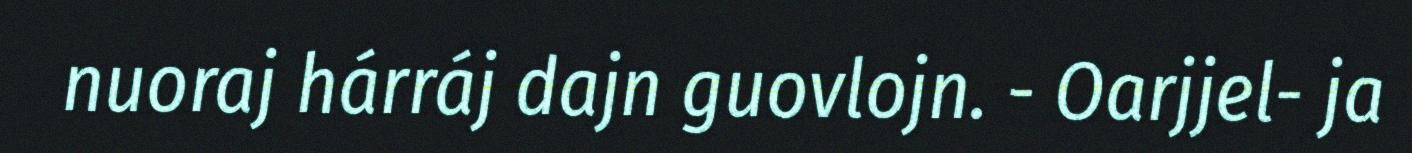
nuoraj hárráj dajn guovlojn. - Oarjjel- ja